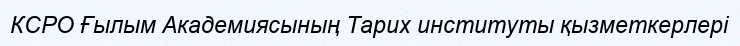
КСРО Ғылым Академиясының Тарих институты қызметкерлері